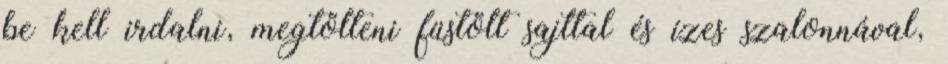
be kell irdalni, megtölteni füstölt sajttal és ízes szalonnával,